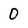
Character: 0